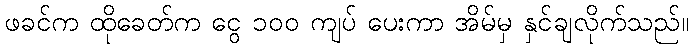
ဖခင်က ထိုခေတ်က ငွေ ၁၀၀ ကျပ် ပေးကာ အိမ်မှ နှင်ချလိုက်သည်။